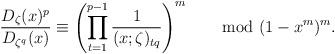
LaTeX: \begin{align*} \frac{D_\zeta(x)^p} {D_{\zeta^q}(x)} \equiv \left(\prod_{t=1}^{p-1} \frac{1}{(x; \zeta)_{tq}}\right)^m \quad\mod (1 - x^m)^m. \end{align*}